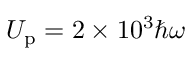
U _ { \mathrm { p } } = 2 \times 1 0 ^ { 3 } \hbar \omega